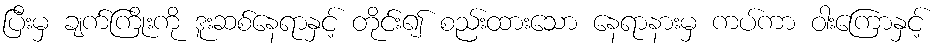
ပြီးမှ ချက်ကြိုးကို ဒူးဆစ်နေရာနှင့် တိုင်း၍ စည်းထားသော နေရာနားမှ ကပ်ကာ ဝါးကြောနှင့်